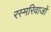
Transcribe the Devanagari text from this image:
रस्मरिवाजों